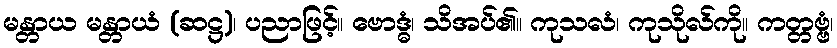
မန္တာယ မန္တာယံ (ဆဋ္ဌ)၊ ပညာဖြင့်။ ဗောဒ္ဓံ၊ သိအပ်၏။ ကုသလံ၊ ကုသိုလ်ကို။ ကတ္တဗ္ဗံ၊